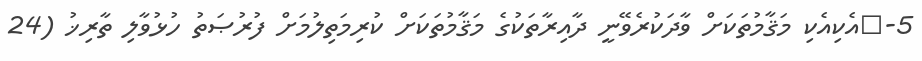
5-	އެކިއެކި މަޤާމުތަކަށް ވާދަކުރެވޭނީ ދާއިރާތަކުގެ މަޤާމުތަކަށް ކުރިމަތިލުމަށް ފުރުޞަތު ހުޅުވާލި ތާރިޚު (24